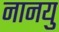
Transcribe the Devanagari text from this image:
नानयु